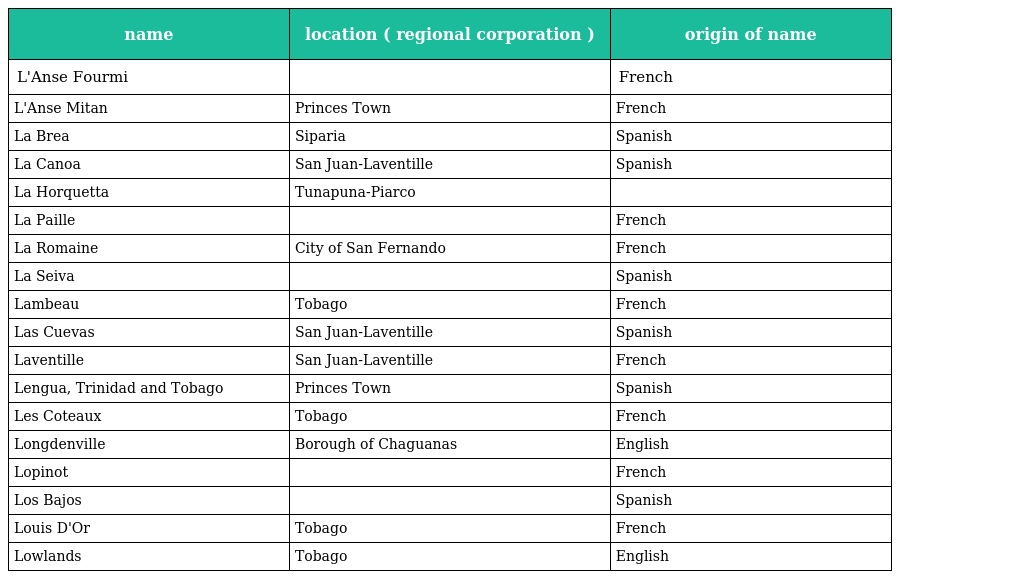
| name | location ( regional corporation ) | origin of name |
 | --- | --- | --- |
 | L'Anse Fourmi |  | French |
 | L'Anse Mitan | Princes Town | French |
 | La Brea | Siparia | Spanish |
 | La Canoa | San Juan-Laventille | Spanish |
 | La Horquetta | Tunapuna-Piarco |  |
 | La Paille |  | French |
 | La Romaine | City of San Fernando | French |
 | La Seiva |  | Spanish |
 | Lambeau | Tobago | French |
 | Las Cuevas | San Juan-Laventille | Spanish |
 | Laventille | San Juan-Laventille | French |
 | Lengua, Trinidad and Tobago | Princes Town | Spanish |
 | Les Coteaux | Tobago | French |
 | Longdenville | Borough of Chaguanas | English |
 | Lopinot |  | French |
 | Los Bajos |  | Spanish |
 | Louis D'Or | Tobago | French |
 | Lowlands | Tobago | English |